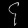
Digit: ၄